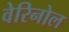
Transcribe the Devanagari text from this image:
वेरिनोल